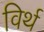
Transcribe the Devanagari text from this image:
विर्थ